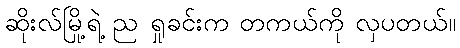
ဆိုးလ်မြို့ရဲ့ ည ရှုခင်းက တကယ်ကို လှပတယ်။